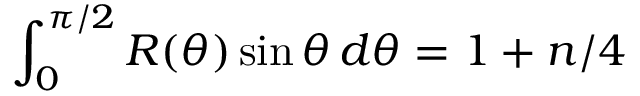
\int _ { 0 } ^ { \pi / 2 } R ( \theta ) \sin \theta \, d \theta = 1 + n / 4